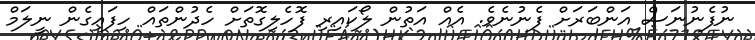
ނުފެނުނަސް އަންބަރަށް ފެނުނެވެ. އެއް އަތުން ލޯކައިރި ފޮހެލިގޮތަށް ހެދުންތައް ހިފައިގެން ނީލަމް